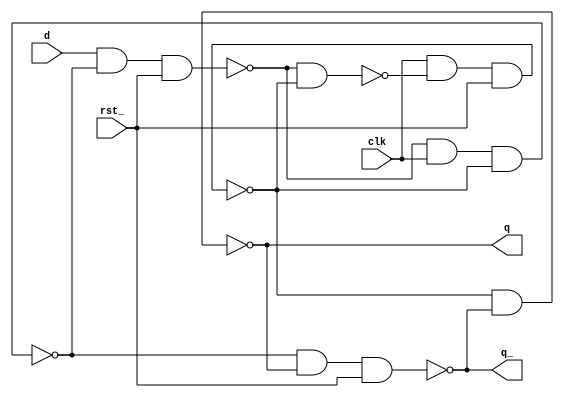
`timescale 1 ns / 1 ns 
 
`celldefine 
 
module dffr ( q, q_, d, clk, rst_ ) ;
 output q ;
 output q_ ;
 input d ;
 input clk ;
 input rst_ ; 
 nand  n1 ( de, dl, qe ) ;
 nand  n2 ( qe, clk, de, rst_ ) ;
 nand  n3 ( dl, d, dl_, rst_ ) ;
 nand  n4 ( dl_, dl, clk, qe ) ;
 nand  n5 ( q, qe, q_ ) ;
 nand  n6 ( q_, dl_, q, rst_ ) ; 
 
endmodule 
`endcelldefine